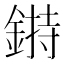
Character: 𨨲